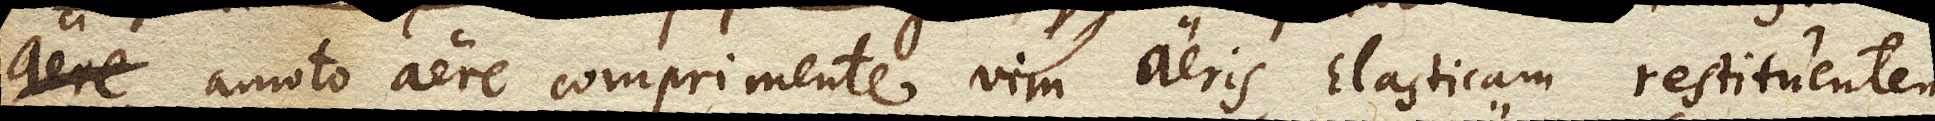
aere amoto aere comprimente vim aeris Elasticam restituentem